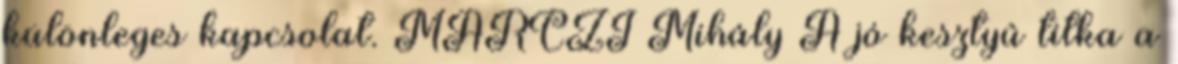
különleges kapcsolat. MARCZI Mihály A jó kesztyû titka a